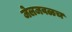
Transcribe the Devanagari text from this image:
जेलजवळच